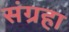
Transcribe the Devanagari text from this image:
संग्रहा